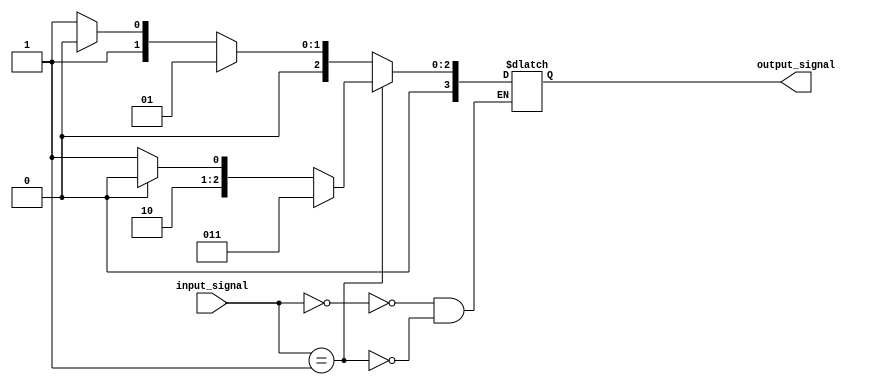
module case_with_if_else (
    input [3:0] input_signal,
    output reg [3:0] output_signal
);

always @ (input_signal)
begin
    case(input_signal)
        4'b0000:begin
                    if (condition1) begin
                        output_signal = 4'b0001;
                    end
                    else if (condition2) begin
                        output_signal = 4'b0010;
                    end
                    else begin
                        output_signal = 4'b0011;
                    end
                end
        
        4'b0001:begin
                    if (condition3) begin
                        output_signal = 4'b0011;
                    end
                    else if (condition4) begin
                        output_signal = 4'b0100;
                    end
                    else begin
                        output_signal = 4'b0101;
                    end
                end
        
        // Add more cases with if-else blocks as needed
    endcase
end

endmodule